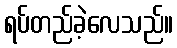
ရပ်တည်ခဲ့လေသည်။